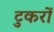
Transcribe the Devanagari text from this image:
टुकरों